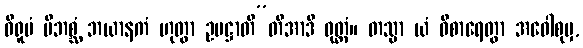
ဝိရူပံ ဗီဘစ္ဆံ ဘယာနကံ ဟုတွာ ဥပဋ္ဌာတီ”တိအာဒိ ဝုတ္တံ။ တသ္မာ ယံ ဝိစာရေတွာ အဝေါစုမှ,